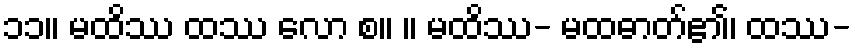
၁၁။ မထိဿ ထဿ လော စ။ ။ မထိဿ- မထဓာတ်၏၊ ထဿ-